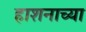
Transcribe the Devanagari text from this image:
हाशनाच्या